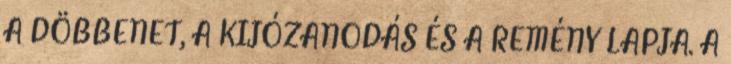
A DÖBBENET, A KIJÓZANODÁS ÉS A REMÉNY LAPJA. A